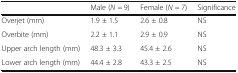
|  | Male (N = 9) | Female (N = 7) | Significance |
 | --- | --- | --- | --- |
 | Overjet (mm) | 1.9 ± 1.5 | 2.6 ± 0.8 | NS |
 | Overbite (mm) | 2.2 ± 1.1 | 2.9 ± 0.9 | NS |
 | Upper arch length (mm) | 48.3 ± 3.3 | 45.4 ± 2.6 | NS |
 | Lower arch length (mm) | 44.4 ± 2.8 | 43.3 ± 2.5 | NS |